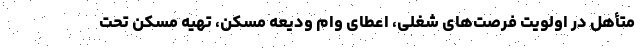
متأهل در اولویت فرصت‌های شغلی، اعطای وام ودیعه مسکن، تهیه مسکن تحت